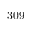
3 0 9